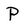
Character: p